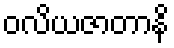
ဝလိယဇာတာနိ